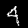
Label: 4